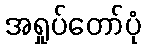
အရှုပ်တော်ပုံ